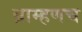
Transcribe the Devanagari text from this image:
ब्राम्हणच